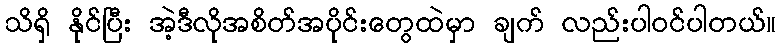
သိရှိ နိုင်ပြီး အဲ့ဒီလိုအစိတ်အပိုင်းတွေထဲမှာ ချက် လည်းပါဝင်ပါတယ်။